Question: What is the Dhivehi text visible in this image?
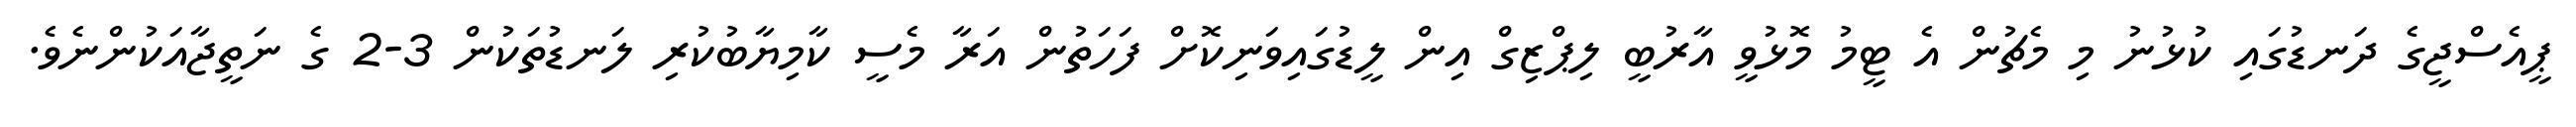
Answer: ޕީއެސްޖީގެ ދަނޑުގައި ކުޅުނު މި މެޗުން އެ ޓީމު މޮޅުވީ އާރުބީ ލިޕްޒިގް އިން ލީޑުގައިވަނިކޮށް ފަހަތުން އަރާ މެސީ ކާމިޔާބުކުރި ލަނޑުތަކުން 3-2 ގެ ނަތީޖާއަކުންނެވެ.